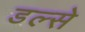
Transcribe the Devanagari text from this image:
डल्से